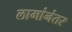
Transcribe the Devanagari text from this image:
लामांनंतर